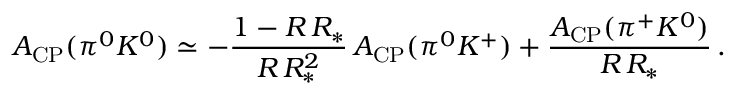
A _ { \mathrm { C P } } ( \pi ^ { 0 } K ^ { 0 } ) \simeq - \frac { 1 - R \, R _ { * } } { R \, R _ { * } ^ { 2 } } \, A _ { \mathrm { C P } } ( \pi ^ { 0 } K ^ { + } ) + \frac { A _ { \mathrm { C P } } ( \pi ^ { + } K ^ { 0 } ) } { R \, R _ { * } } \, .